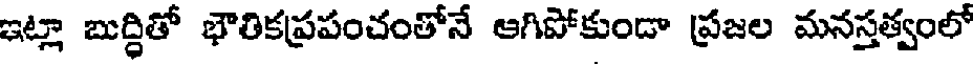
ఇట్లా బుద్ధితో భౌతికప్రపంచంతోనే ఆగిపోకుండా ప్రజల మనస్తత్వంలో